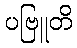
ပဗြူတိ